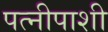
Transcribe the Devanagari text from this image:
पत्नीपाशी